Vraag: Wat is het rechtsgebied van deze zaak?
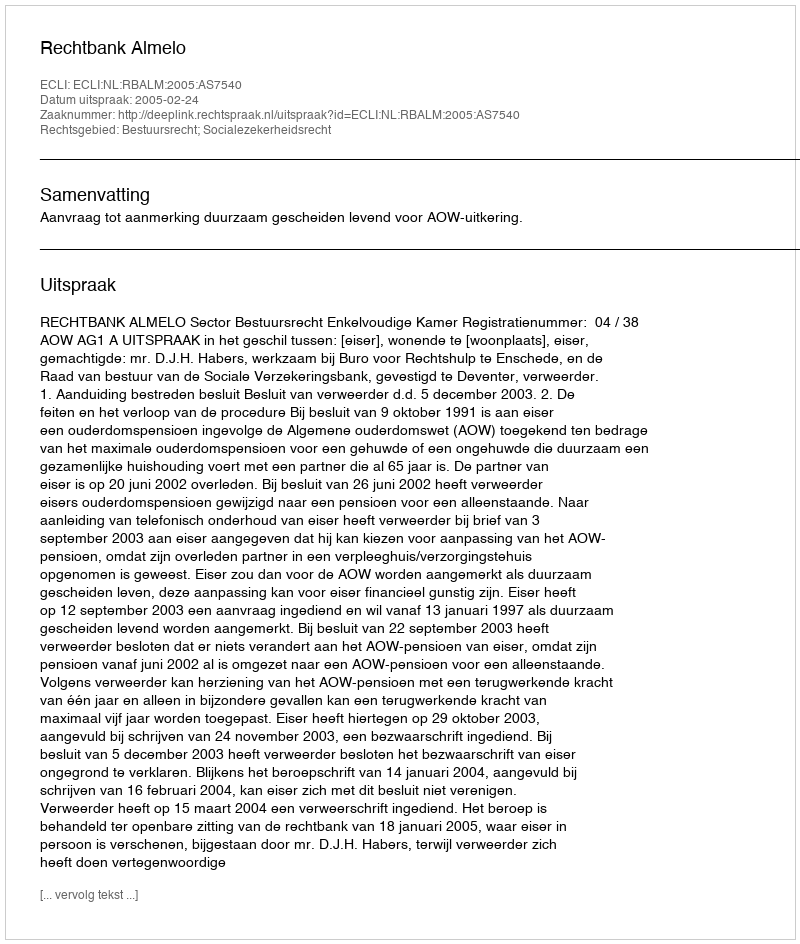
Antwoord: Bestuursrecht; Socialezekerheidsrecht